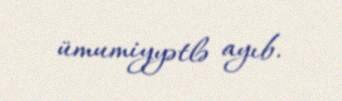
ümumiyyətlə ayıb.